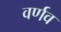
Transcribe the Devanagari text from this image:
वर्णव